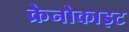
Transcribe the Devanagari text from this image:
क्रेनोकाइट